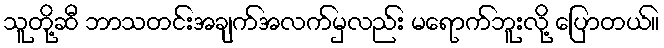
သူတို့ဆီ ဘာသတင်းအချက်အလက်မှလည်း မရောက်ဘူးလို့ ပြောတယ်။